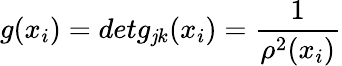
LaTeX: g(x_{i})=detg_{\mathit{j}k}(x_{i})=\frac{{1}}{{\rho^{2}(x_{i})}}